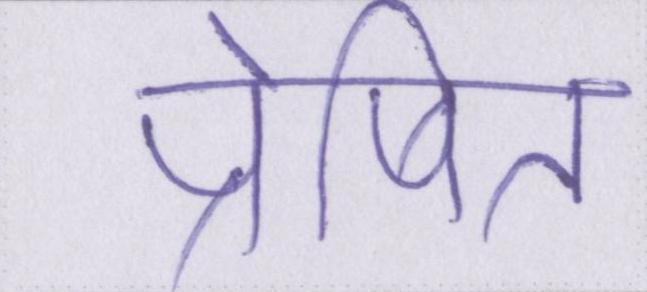
प्रेषित